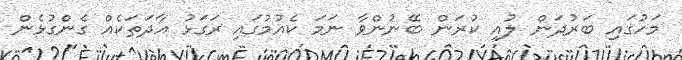
މަހުގައި ބަރުދަން ލުއި ކުރަން ބޭނުންވާ ނަމަ ކެއުމުގައި ރަގަޅު އާދަތަކެއް ގެންގުޅެން